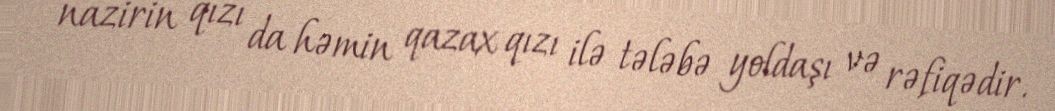
nazirin qızı da həmin qazax qızı ilə tələbə yoldaşı və rəfiqədir.